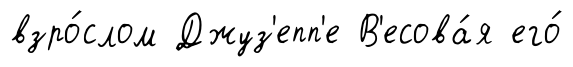
взро́слом Джуз'епп'е В'есова́я его́